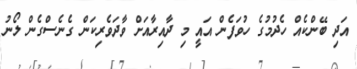
އަދި ބޭންކެއް ހެދުމުގެ ހުވަފެން އައީ މި ދާއިރާއަށް ވާދަވެރިކަން ގެނެސްގެން ލޯނު